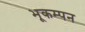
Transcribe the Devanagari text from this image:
भूकम्पन